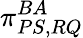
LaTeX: \pi_{PS,RQ}^{BA}